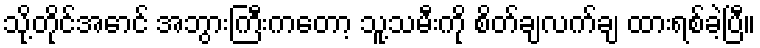
သို့တိုင်အောင် အဘွားကြီးကတော့ သူ့သမီးကို စိတ်ချလက်ချ ထားရစ်ခဲ့ပြီ။